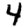
Digit: 4